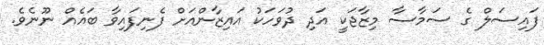
ފައިސަލް ގެ ސަމާސާ މިޒާޖަކީ އަދި ދުވަހަކު އައިޒާންއަށް ފެނިފައިވާ ބައެއް ނޫނެވެ.